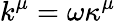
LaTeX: k^{\mu}=\omega\kappa^{\mu}